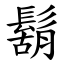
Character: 鬍